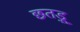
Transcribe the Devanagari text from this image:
छतड़ू